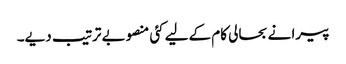
پیرا نے بحالی کام کےلیے کئی منصوبے ترتیب دیے۔